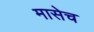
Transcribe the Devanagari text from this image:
मासेच